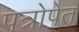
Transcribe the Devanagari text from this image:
पत्रोपेत